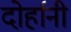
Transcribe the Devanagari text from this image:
दोर्हानी